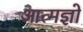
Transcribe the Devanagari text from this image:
आत्मज्ञो